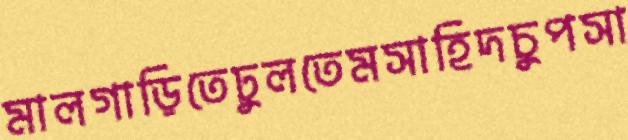
মালগাড়িতেঢুলতেমসাহিদচুপসা